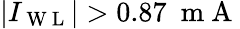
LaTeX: |I_{\mathrm{~W~L~}}|>0.87~\mathrm{~m~A~}